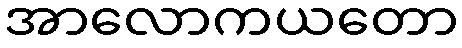
အာလောကယတော